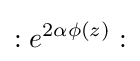
:e^{2\alpha \phi (z)}: